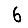
Digit: 6